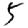
Digit: 5